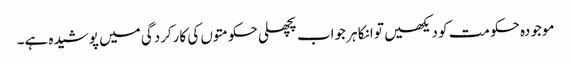
موجودہ حکومت کو دیکھیں تو انکا ہر جواب پچھلی حکومتوں کی کارکردگی میں پوشیدہ ہے۔